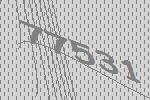
77531